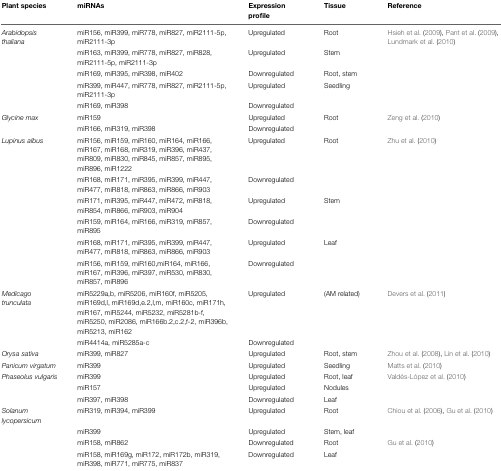
<table><thead><tr><td><b>Plant species</b></td><td><b>miRNAs</b></td><td><b>Expression profile</b></td><td><b>Tissue</b></td><td><b>Reference</b></td></tr></thead><tbody><tr><td><i>Arabidopsis thaliana</i></td><td>miR156, miR399, miR778, miR827, miR2111-5p, miR2111-3p</td><td>Upregulated</td><td>Root</td><td>Hsieh et al. (2009), Pant et al. (2009), Lundmark et al. (2010)</td></tr><tr><td></td><td>miR163, miR399, miR778, miR827, miR828, miR2111-5p, miR2111-3p</td><td>Upregulated</td><td>Stem</td><td></td></tr><tr><td></td><td>miR169, miR395, miR398, miR402</td><td>Downregulated</td><td>Root, stem</td><td></td></tr><tr><td></td><td>miR399, miR447, miR778, miR827, miR2111-5p, miR2111-3p</td><td>Upregulated</td><td>Seedling</td><td></td></tr><tr><td></td><td>miR169, miR398</td><td>Downregulated</td><td></td><td></td></tr><tr><td><i>Glycine max</i></td><td>miR159</td><td>Upregulated</td><td>Root</td><td>Zeng et al. (2010)</td></tr><tr><td></td><td>miR166, miR319, miR398</td><td>Downregulated</td><td></td><td></td></tr><tr><td><i>Lupinus albus</i></td><td>miR156, miR159, miR160, miR164, miR166, miR167, miR168, miR319, miR396, miR437, miR809, miR830, miR845, miR857, miR895, miR896, miR1222</td><td>Upregulated</td><td>Root</td><td>Zhu et al. (2010)</td></tr><tr><td></td><td>miR168, miR171, miR395, miR399, miR447, miR477, miR818, miR863, miR866, miR903</td><td>Downregulated</td><td></td><td></td></tr><tr><td></td><td>miR171, miR395, miR447, miR472, miR818, miR854, miR866, miR903, miR904</td><td>Upregulated</td><td>Stem</td><td></td></tr><tr><td></td><td>miR159, miR164, miR166, miR319, miR857, miR895</td><td>Downregulated</td><td></td><td></td></tr><tr><td></td><td>miR168, miR171, miR395, miR399, miR447, miR477, miR818, miR863, miR866, miR903</td><td>Upregulated</td><td>Leaf</td><td></td></tr><tr><td></td><td>miR156, miR159, miR160,miR164, miR166, miR167, miR396, miR397, miR530, miR830, miR857, miR896</td><td>Downregulated</td><td></td><td></td></tr><tr><td><i>Medicago trunculata</i></td><td>miR5229a,b, miR5206, miR160f, miR5205, miR169d,l, miR169d,e.2,l,m, miR160c, miR171h, miR167, miR5244, miR5232, miR5281b-f, miR5250, miR2086, miR166b.2,c.2,f-2, miR396b, miR5213, miR162</td><td>Upregulated</td><td>(AM related)</td><td>Devers et al. (2011)</td></tr><tr><td></td><td>miR4414a, miR5285a-c</td><td>Downregulated</td><td></td><td></td></tr><tr><td><i>Orysa sativa</i></td><td>miR399, miR827</td><td>Upregulated</td><td>Root, stem</td><td>Zhou et al. (2008), Lin et al. (2010)</td></tr><tr><td><i>Panicum virgatum</i></td><td>miR399</td><td>Upregulated</td><td>Seedling</td><td>Matts et al. (2010)</td></tr><tr><td><i>Phaseolus vulgaris</i></td><td>miR399</td><td>Upregulated</td><td>Root, leaf</td><td>Valdés-López et al. (2010)</td></tr><tr><td></td><td>miR157</td><td>Upregulated</td><td>Nodules</td><td></td></tr><tr><td></td><td>miR397, miR398</td><td>Downregulated</td><td>Leaf</td><td></td></tr><tr><td><i>Solanum lycopersicum</i></td><td>miR319, miR394, miR399</td><td>Upregulated</td><td>Root</td><td>Chiou et al. (2006), Gu et al. (2010)</td></tr><tr><td></td><td>miR399</td><td>Upregulated</td><td>Stem, leaf</td><td></td></tr><tr><td></td><td>miR158, miR862</td><td>Downregulated</td><td>Root</td><td>Gu et al. (2010)</td></tr><tr><td></td><td>miR158, miR169g, miR172, miR172b, miR319, miR398, miR771, miR775, miR837</td><td>Downregulated</td><td>Leaf</td><td></td></tr></tbody></table>